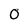
Character: 0